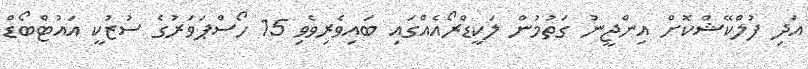
އަދި ފުލްކޭޝްކޮށް އިންޖީނު ގަތުމުން ލަކީޑްރޯއެއްގައި ބައިވެރިވެވި 15 ހޯސްޕަވަރުގެ ސުޒުކީ އައުޓްބޯޑް